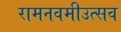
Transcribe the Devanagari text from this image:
रामनवमीउत्सव